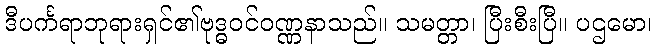
ဒီပင်္ကရာဘုရားရှင်၏ဗုဒ္ဓဝင်ဝဏ္ဏနာသည်။ သမတ္တာ၊ ပြီးစီးပြီ။ ပဌမော၊